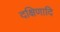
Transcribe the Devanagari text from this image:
दक्षिणादि